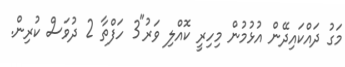
މަގު ދައްކައިދޭން އުޅުމުން މިހިރީ ކޮއްލި ވަރު"3 ހަފްތާ 2 ދުވަސް ކުރިން.